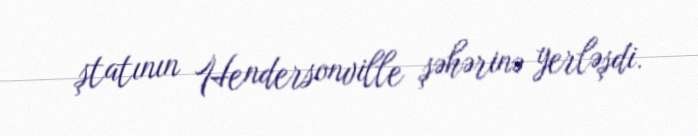
ştatının Hendersonville şəhərinə yerləşdi.